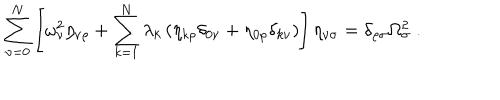
\sum _ { \nu = 0 } ^ { N } \left[ \omega _ { \nu } ^ { 2 } \eta _ { \nu \rho } + \sum _ { k = 1 } ^ { N } \lambda _ { k } \left( \eta _ { k \rho } \delta _ { 0 \nu } + \eta _ { 0 \rho } \delta _ { k \nu } \right) \right] \eta _ { \nu \sigma } = \delta _ { \rho \sigma } \Omega _ { \sigma } ^ { 2 } \; .